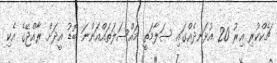
ޗެކްކުރި އިރު 20 އުޅަނދެއްގައި ސަލާމަތީ މައްސަލަތައްއަންނަ ބޮޑު އީދަށް ރާއްޖޭގެ އެކި